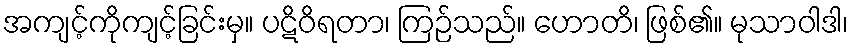
အကျင့်ကိုကျင့်ခြင်းမှ။ ပဋိဝိရတာ၊ ကြဉ်သည်။ ဟောတိ၊ ဖြစ်၏။ မုသာဝါဒါ၊